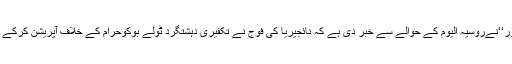
عالمی اردو خبررساں ادارے’’نیوزنور‘‘نےروسیہ الیوم کے حوالے سے خبر دی ہے کہ نائجیریا کی فوج نے تکفیری دہشتگرد ٹولے بوکوحرام کے خلاف آپریشن کرکے 107شرپسندوں کو ہلاک کردیا ہے۔